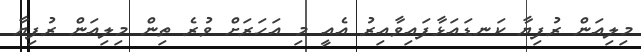
މިލިއަން ރުފިޔާ ކަނޑައަޅާފައިވާއިރު އެއީ މި އަހަރަށް ވުރެ ތިން މިލިއަން ރުފިޔާ